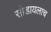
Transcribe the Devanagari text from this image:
सोडायलाच